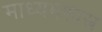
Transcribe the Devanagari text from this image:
माध्यमशास्त्र